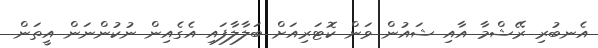
އެނބުރި ރޭޝްމާ އާއި ޝައުން ވަން ކޮޓަރިއަށް ބަލާލާފައި އެގެއިން ނުކުންނަން އީތަން